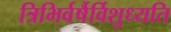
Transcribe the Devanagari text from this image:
त्रिभिर्वर्षैर्विशुध्यति